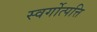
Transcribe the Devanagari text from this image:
स्वर्गोत्पत्ति